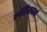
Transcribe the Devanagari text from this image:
लॉरेंसबर्ग